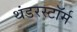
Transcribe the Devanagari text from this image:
थंडरस्टॉर्म